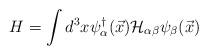
LaTeX: \begin{align*}H=\int d^{3}x \psi_{\alpha}^{\dagger}(\vec{x}){\cal H}_{\alpha \beta}\psi_{\beta}(\vec{x})\end{align*}